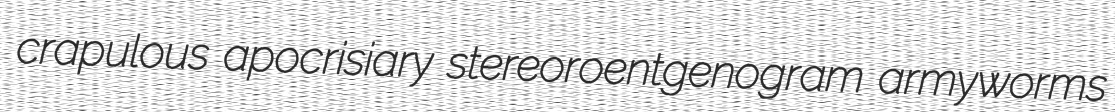
crapulous apocrisiary stereoroentgenogram armyworms